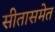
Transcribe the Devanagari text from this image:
सीतासमेत